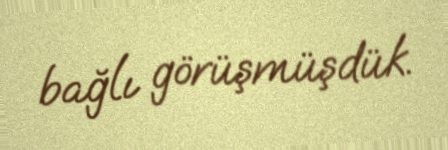
bağlı görüşmüşdük.